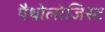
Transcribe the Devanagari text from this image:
पैथोलोजिस्ट